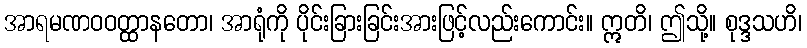
အာရမဏဝဝတ္ထာနတော၊ အာရုံကို ပိုင်းခြားခြင်းအားဖြင့်လည်းကောင်း။ ဣတိ၊ ဤသို့။ စုဒ္ဒသဟိ၊